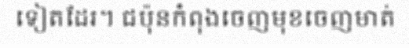
ទៀតដែរ។ ជប៉ុនកំពុងចេញមុខចេញមាត់